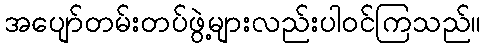
အပျော်တမ်းတပ်ဖွဲ့များလည်းပါဝင်ကြသည်။